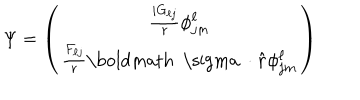
\Psi = \left( \begin{matrix} { { { \frac { i G _ { \ell j } } { r } } \phi _ { j m } ^ { \ell } } } \\ { { { \frac { F _ { \ell j } } { r } } { { \mathrm { \boldmath ~ \ s i g m a ~ } } \cdot { \bf { \hat { r } } } } \phi _ { j m } ^ { \ell } } } \\ \end{matrix} \right)